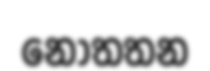
නොතතන